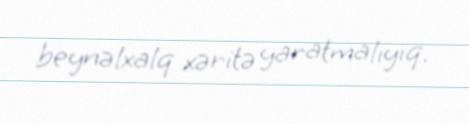
beynəlxalq xəritə yaratmalıyıq.